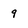
Character: 9